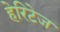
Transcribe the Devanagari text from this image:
हेरिटेज